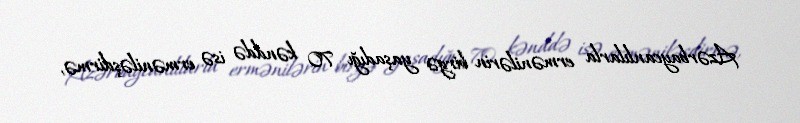
Azərbaycanlılarla ermənilərin birgə yaşadığı 70 kənddə isə erməniləşdirmə,